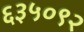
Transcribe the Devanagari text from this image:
६३५०९२